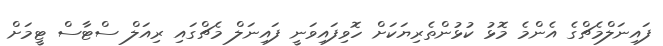
ފައިނަލްމެޗްގެ އެންމެ މޮޅު ކުޅުންތެރިޔަކަށް ހޮވިފައިވަނީ ފައިނަލް މެޗްގައި ރިއަލް ސްޓާސް ޓީމަށް